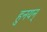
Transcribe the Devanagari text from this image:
हुनयन्